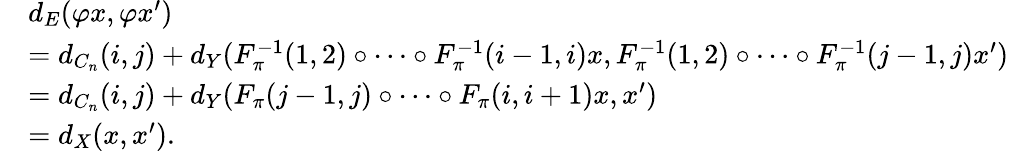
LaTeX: \begin{array}{rl}&{d_{E}(\varphi x,\varphi x^{\prime})}\\ &{=d_{C_{n}}(i,j)+d_{Y}(F_{\pi}^{-1}(1,2)\circ\dots\circ F_{\pi}^{-1}(i-1,i)x,F_{\pi}^{-1}(1,2)\circ\dots\circ F_{\pi}^{-1}(j-1,j)x^{\prime})}\\ &{=d_{C_{n}}(i,j)+d_{Y}(F_{\pi}(j-1,j)\circ\dots\circ F_{\pi}(i,i+1)x,x^{\prime})}\\ &{=d_{X}(x,x^{\prime}).}\end{array}